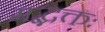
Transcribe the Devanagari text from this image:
मद्भक्तः